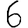
Digit: 6